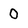
Character: 0